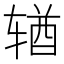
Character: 𬨎